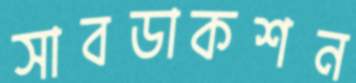
সাবডাকশন